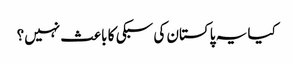
کیا یہ پاکستان کی سبکی کا باعث نہیں؟